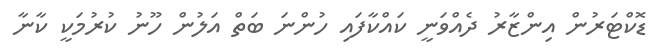
ޑޮކްޓަރުން އިންޒާރު ދެއްވަނީ ކައްކާފައި ހުންނަ ބަތް އަލުން ހޫނު ކުރުމަކީ ކާނާ